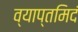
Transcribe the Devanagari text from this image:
व्याप्तमिदं